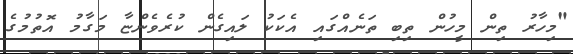
"މިހާރު ތިން މީހުން ތިބި ތަނެއްގައި އެކަކު ލައިގެން ކުރެވެންޏާ މަގާމު އޮތުމުގެ